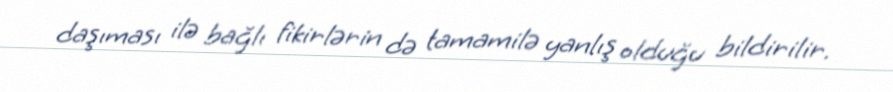
daşıması ilə bağlı fikirlərin də tamamilə yanlış olduğu bildirilir.